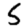
Digit: 5